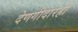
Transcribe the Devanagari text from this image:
देणगीदारही